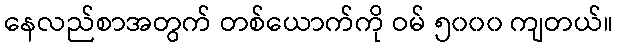
နေလည်စာအတွက် တစ်ယောက်ကို ဝမ် ၅၀၀၀ ကျတယ်။